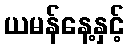
ယမန်နေ့နှင့်